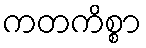
ကတကိစ္စာ